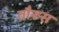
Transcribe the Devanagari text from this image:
तौरूस